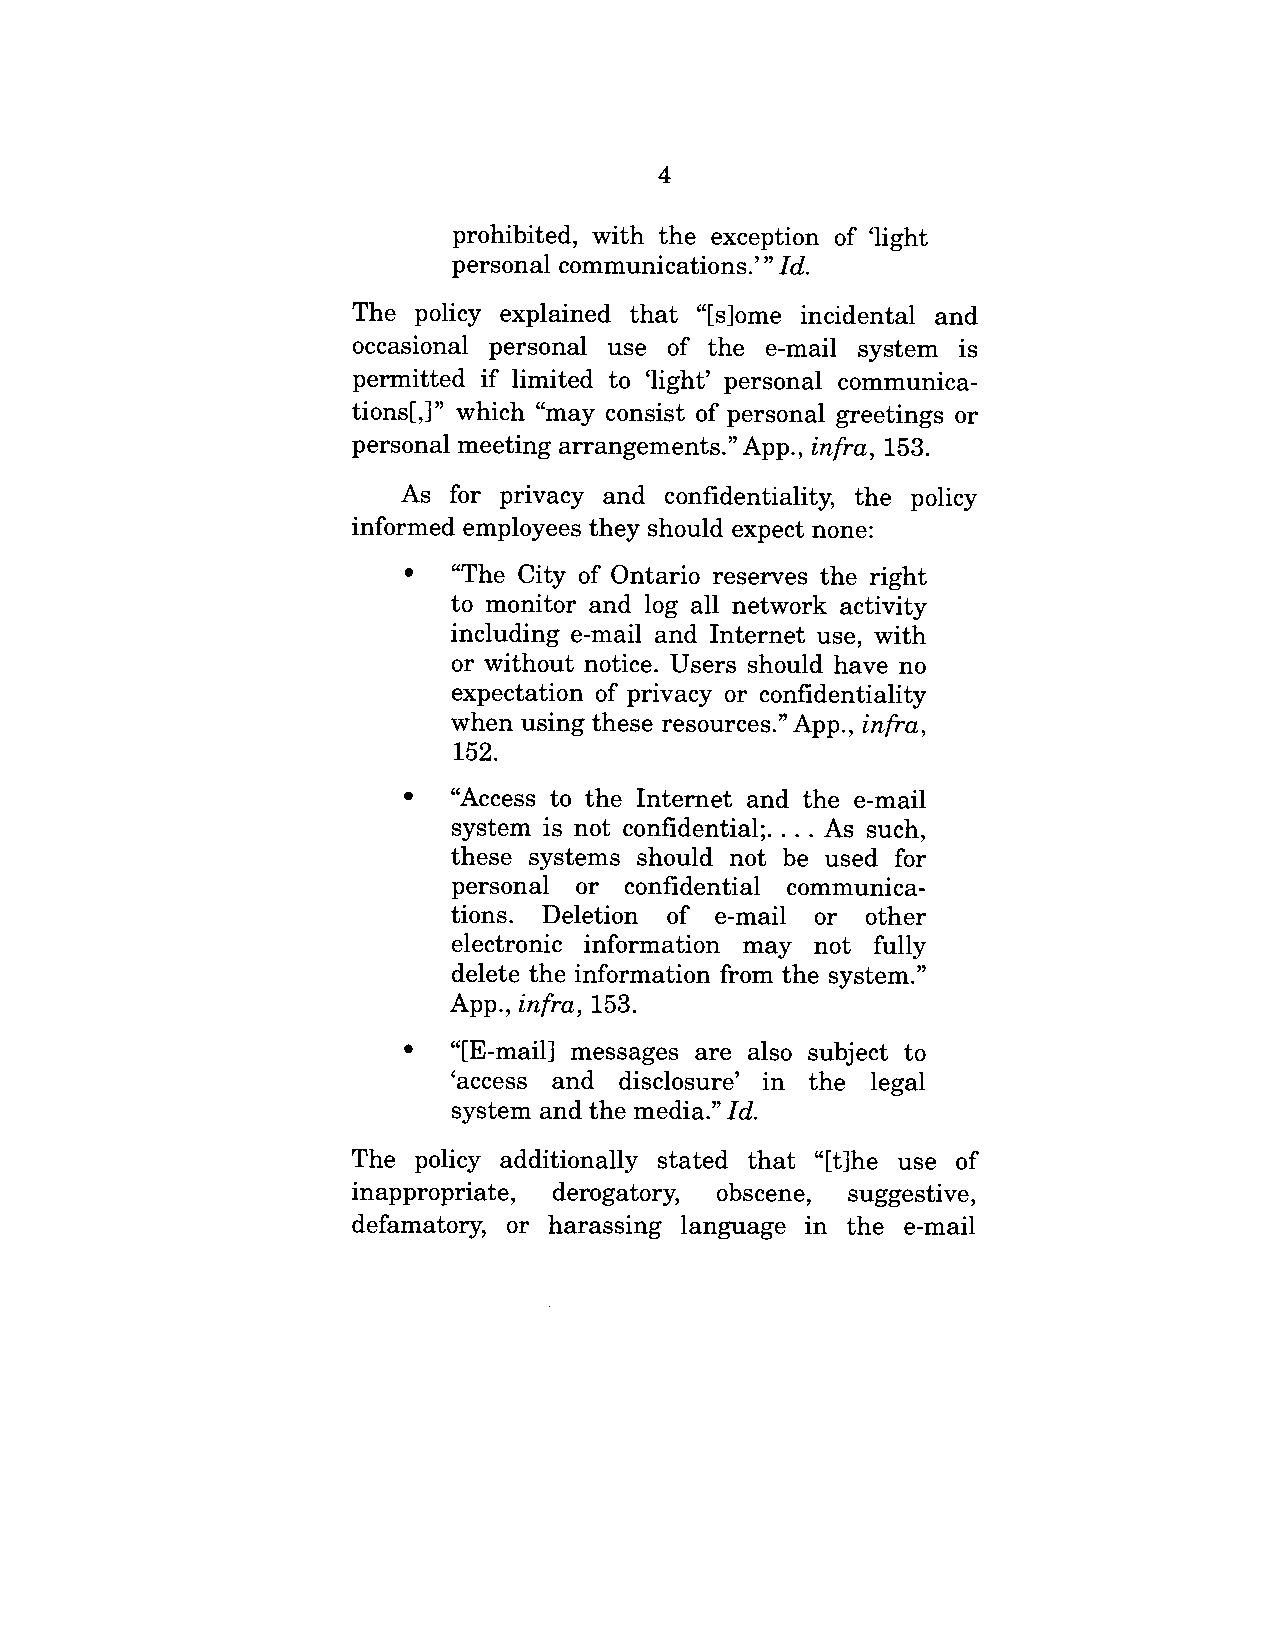
4
 prohibited, with the exception of ’light
 personal communications.’" Id.
 The policy explained that "[s]ome incidental and
 occasional personal use of the e-mail system is
 permitted if limited to ’light’ personal communica-
 tions[,]" which "may consist of personal greetings or
 personal meeting arrangements." App., infra, 153.
 As for privacy and confidentiality, the policy
 informed employees they should expect none:
 ¯  "The City of Ontario reserves the right
 to monitor and log all network activity
 including e-mail and Internet use, with
 or without notice. Users should have no
 expectation of privacy or confidentiality
 when using these resources." App., infra,
 152.
 ¯  "Access to the Internet and the e-mail
 system is not confidential; .... As such,
 these systems should not be used for
 personal or confidential communica-
 tions. Deletion of e-mail or other
 electronic information may not fully
 delete the information from the system."
 App., infra, 153.
 ¯  "[E-mail] messages are also subject to
 ’access and disclosure’ in the legal
 system and the media." Id.
 The policy additionally stated that "[t]he use of
 inappropriate, derogatory, obscene, suggestive,
 defamatory, or harassing language in the e-mail